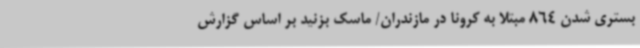
بستری شدن 864 مبتلا به کرونا در مازندران/ ماسک بزنید بر اساس گزارش